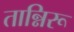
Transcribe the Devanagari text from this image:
तान्निरू